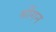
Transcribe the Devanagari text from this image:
श्रींगन